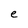
Character: e